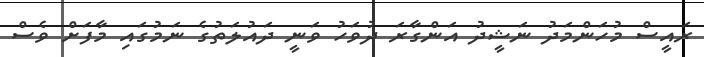
ރައީސް މުހަންމަދު ނަޝީދު އަންގާރަ ދުވަހު ވަނީ ދައުލަތުގެ ނަމުގައި މާފަށް ވެސް